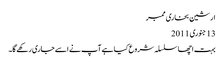
ارشین بخاری ممبر
‏13 جنوری 2011
بہت اچھا سلسلہ شروع کیا ہے آپ نے اسے جاری رکھے گا۔